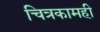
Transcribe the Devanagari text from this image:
चित्रकामही